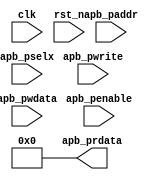








module n101_expl_apb_slv #(
    parameter AW = 32,
    parameter DW = 32 
)(
  input  [AW-1:0] apb_paddr,
  input           apb_pwrite,
  input           apb_pselx,
  input           apb_penable,
  input  [DW-1:0] apb_pwdata,
  output [DW-1:0] apb_prdata,

  input  clk,  
  input  rst_n
);

  assign apb_prdata = {DW{1'b0}};

endmodule